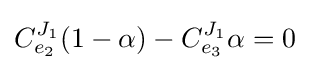
C_{e_{2}}^{J_{1}}(1-\alpha )-C_{e_{3}}^{J_{1}}{\alpha }=0